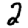
Digit: 2